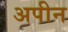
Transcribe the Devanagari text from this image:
अपीन